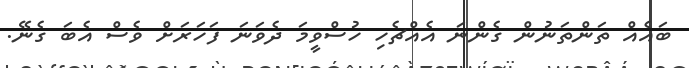
ބައެއް ތަންތަނުން ގެންނަ އެއްޗެހި ހުސްވީމަ ދެވަނަ ފަހަރަށް ވެސް އެބަ ގެނޭ.